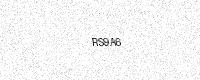
Text: RS9A6